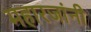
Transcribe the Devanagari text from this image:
महारजांनी